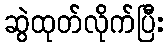
ဆွဲထုတ်လိုက်ပြီး